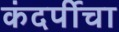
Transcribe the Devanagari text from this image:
कंदर्पीचा